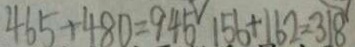
4 6 5 + 4 8 0 = 9 4 5 1 5 6 + 1 6 2 = 3 1 8